Vaccination in Bombay 1889-1901 - 1889-1901
Year: 1889
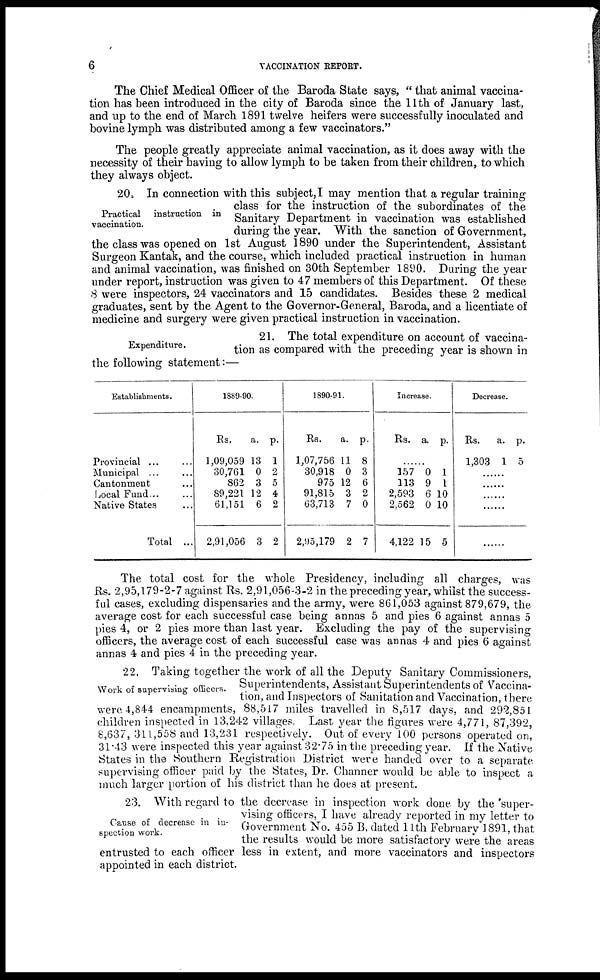
6
VACCINATION REPORT.
The Chief Medical Officer of the Baroda State says, " that animal vaccina-
tion has been introduced in the city of Baroda since the 11th of January last,
and up to the end of March 1891 twelve heifers were successfully inoculated and
bovine lymph was distributed among a few vaccinators."
The people greatly appreciate animal vaccination, as it does away with the
necessity of their having to allow lymph to be taken from their children, to which
they always object.
Practical
instruction in
vaccination.
20. In connection with this subject,I may mention that a regular training
class for the instruction of the subordinates of the
Sanitary Department in vaccination was established
during the year. With the sanction of Government,
the class was opened on 1st August 1890 under the Superintendent, Assistant
Surgeon Kantak, and the course, which included practical instruction in human
and animal vaccination, was finished on 30th September 1890. During the year
under report, instruction was given to 47 members of this Department. Of these
8 were inspectors, 24 vaccinators and 15 candidates. Besides these 2 medical
graduates, sent by the Agent to the Governor-General, Baroda, and a licentiate of
medicine and surgery were given practical instruction in vaccination.
Expenditure.
21. The total expenditure on account of vaccina-
tion as compared with the preceding year is shown in
the following statement:—
Establishments.
Provincial ... ...
Municipal ... ...
Cantonment ...
Local
Fund...
...
Native States ...
Total ...
1889-90.
Rs.
1,09,059
30,761
862
89,221
61,151
2,91,056
a.
13
0
3
12
6
3
p.
1
2
5
4
2
2
1890-91.
Rs.
1,07,756
30,918
975
91,815
63,713
2,95,179
a.
11
0
12
3
7
2
p.
8
3
6
2
0
7
Increase.
Rs. a. p.
......
157
113
2,593
2,562
4,122
0
9
6
0
15
1
1
10
10
5
Decrease.
Rs.
1,303
a.
1
p.
5
......
......
......
......
......
The total cost for the whole Presidency, including all charges, was
Rs. 2,95,179-2-7 against Rs. 2,91,056-3-2 in the preceding year, whilst the success-
ful cases, excluding dispensaries and the army, were 861,053 against 879,679, the
average cost for each successful case being annas 5 and pies 6 against annas 5
pies 4, or 2 pies more than last year. Excluding the pay of the supervising
officers, the average cost of each successful case was annas 4 and pies 6 against
annas 4 and pies 4 in the preceding year.
Work of supervising officers.
22. Taking together the work of all the Deputy Sanitary Commissioners,
Superintendents, Assistant Superintendents of Vaccina-
tion, and Inspectors of Sanitation and Vaccination, there
were 4,844 encampments, 88,517 miles travelled in 8,517 days, and 292,851
children inspected in 13.242 villages. Last year the figures were 4,771, 87,392,
8,637, 311,558 and 13,231 respectively. Out of every 100 persons operated on,
31.43 were inspected this year against 32.75 in the preceding year. If the Native
States in the Southern Registration District were handed over to a separate
supervising officer paid by the States, Dr. Channer would be able to inspect a
much larger portion of his district than he does at present.
Cause of decrease in in-
spection work.
23. With regard to the decrease in inspection work done by the 'super-
vising officers, I have already reported in my letter to
Government No. 455 B, dated 11th February 1891. that
the results would be more satisfactory were the areas
entrusted to each officer less in extent, and more vaccinators and inspectors
appointed in each district.